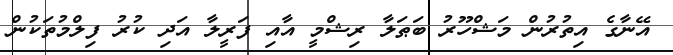
އޭނާގެ އިތުރުން މަޝްހޫރު ބަޠަލާ ރިޝްމީ އާއި ފަރީލާ އަދި ކުރު ފިލްމުތަކުން